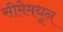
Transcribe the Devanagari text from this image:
सीमेमधून